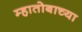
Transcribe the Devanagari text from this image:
म्हातोबाच्या